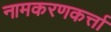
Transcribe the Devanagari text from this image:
नामकरणकर्त्ता